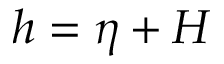
h = \eta + H